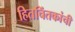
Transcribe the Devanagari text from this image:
हितचिंतकांची